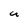
Character: U